Vaccination in Bombay 1869-1873 - 1869-1873
Year: 1869
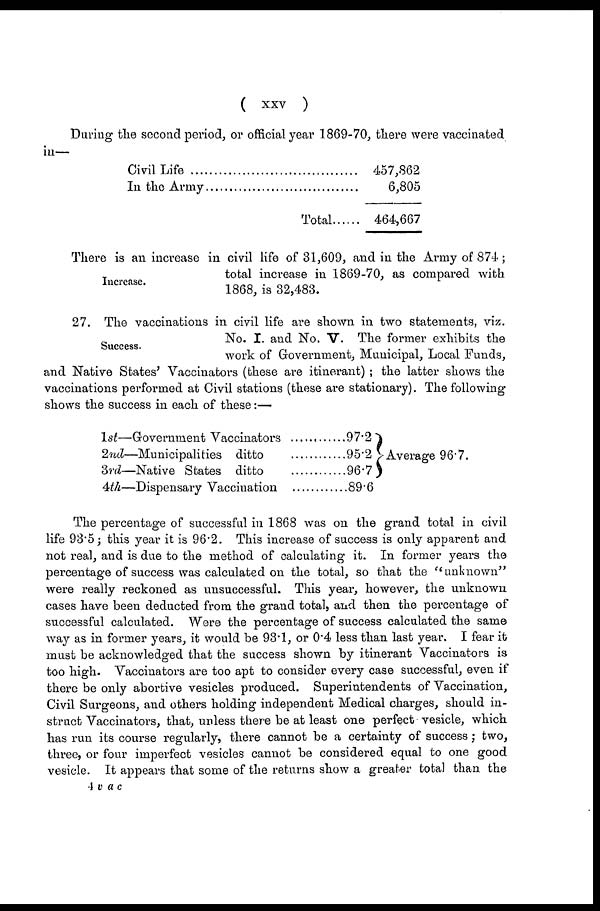
(
xxv
)
During the second period, or official year 1869-70, there were vaccinated
in—
Civil Life ...............................
In the Army ...........................
Total......
457,862
6,805
464,667
Increase.
There is an increase in civil life of 31,609, and in the Army of 874 ;
total increase in 1869-70, as compared with
1868, is 32,483.
Success.
27. The vaccinations in civil life are shown in two statements, viz.
No. I. and No. V. The former exhibits the
work of Government, Municipal, Local Funds,
and Native States' Vaccinators (these are itinerant) ; the latter shows the
vaccinations performed at Civil stations (these are stationary). The following-
shows the success in each of these:—
1st—Government Vaccinators ................
2nd—Municipalities ditto ...............
3rd—Native States ditto .................
4th—Dispensary Vaccination ..............
97.2
95.2
96.7
89.6
Average 96.7.
The percentage of successful in 1868 was on the grand total in civil
life 93.5; this year it is 96.2. This increase of success is only apparent and
not real, and is due to the method of calculating it. In former years the
percentage of success was calculated on the total, so that the "unknown"
were really reckoned as unsuccessful. This year, however, the unknown
cases have been deducted from the grand total, and then the percentage of
successful calculated. Were the percentage of success calculated the same
way as in former years, it would be 93.1, or 0.4 less than last year. I fear it
must be acknowledged that the success shown by itinerant Vaccinators is
too high. Vaccinators are too apt to consider every case successful, even if
there be only abortive vesicles produced. Superintendents of Vaccination,
Civil Surgeons, and others holding independent Medical charges, should in-
struct Vaccinators, that, unless there be at least one perfect vesicle, which
has run its course regularly, there cannot be a certainty of success ; two,
three, or four imperfect vesicles cannot be considered equal to one good
vesicle. It appears that some of the returns show a greater total than the
4 vac